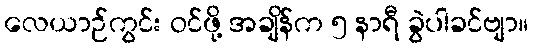
လေယာဉ်ကွင်း ဝင်ဖို့ အချိန်က ၅ နာရီ ခွဲပါခင်ဗျာ။